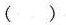
（）